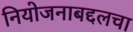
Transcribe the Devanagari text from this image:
नियोजनाबद्दलचा